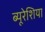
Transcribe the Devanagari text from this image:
ब्यूरेशिया